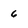
Character: 6